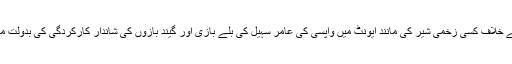
اگلے ہی میچ میں پاکستان نے آسٹریلیا کے خلاف کسی زخمی شیر کی مانند ایونٹ میں واپسی کی عامر سہیل کی بلے بازی اور گیند بازوں کی شاندار کارکردگی کی بدولت میچ میں 48 رنز سے کامیابی حاصل کی۔